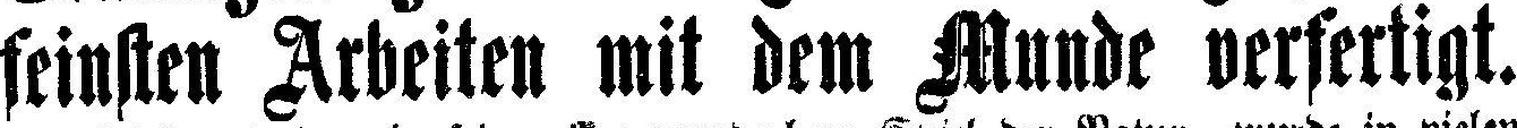
feinsten Arbeiten mit dem Munde verfertigt.